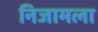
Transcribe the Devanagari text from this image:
निजामला